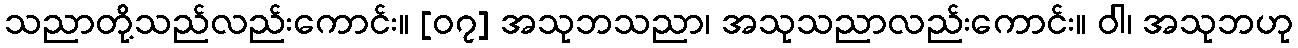
သညာတို့သည်လည်းကောင်း။ [၀၇] အသုဘသညာ၊ အသုသညာလည်းကောင်း။ ဝါ၊ အသုဘဟု